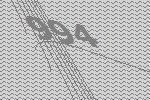
994